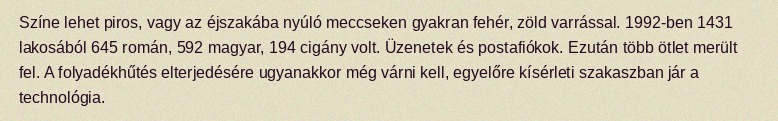
Színe lehet piros, vagy az éjszakába nyúló meccseken gyakran fehér, zöld varrással. 1992-ben 1431 lakosából 645 román, 592 magyar, 194 cigány volt. Üzenetek és postafiókok. Ezután több ötlet merült fel. A folyadékhűtés elterjedésére ugyanakkor még várni kell, egyelőre kísérleti szakaszban jár a technológia.